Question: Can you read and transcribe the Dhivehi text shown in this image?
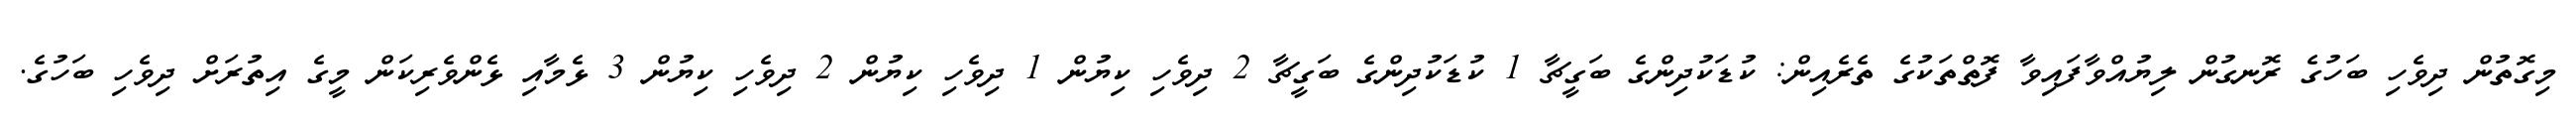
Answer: މިގޮތުން ދިވެހި ބަހުގެ ރޮނގުން ލިޔުއްވާފައިވާ ފޮތްތަކުގެ ތެރެއިން: ކުޑަކުދިންގެ ބަގީޗާ 1 ކުޑަކުދިންގެ ބަގީޗާ 2 ދިވެހި ކިޔުން 1 ދިވެހި ކިޔުން 2 ދިވެހި ކިޔުން 3 ޅެމާއި ޅެންވެރިކަން މީގެ އިތުރަށް ދިވެހި ބަހުގެ.